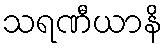
သရဏီယာနိ